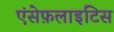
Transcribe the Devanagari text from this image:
एंसेफ़लाइटिस